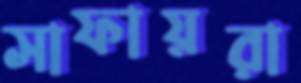
সাফায়রা